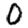
Digit: 0